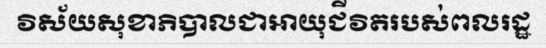
វិស័យសុខាភិបាលជាអាយុជីវិតរបស់ពលរដ្ឋ